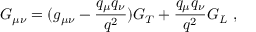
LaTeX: { G } _ { \mu \nu } = ( g _ { \mu \nu } - \frac { q _ { \mu } q _ { \nu } } { q ^ { 2 } } ) G _ { T } + \frac { q _ { \mu } q _ { \nu } } { q ^ { 2 } } G _ { L } ~ ,